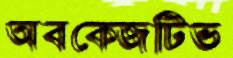
অবকেজটিভ